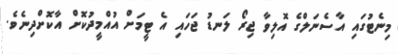
މިނެޓުގައި އާސެނަލްގެ އޮލިވާ ޖިރޯ ލަނޑު ޖަހައި އެ ޓީމަށް އުއްމީދުކޮށް އާކޮށްދިނެވެ.